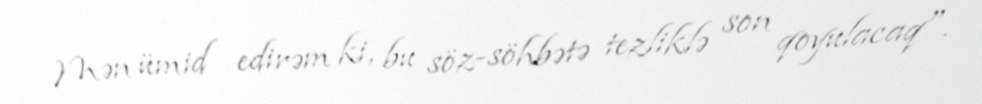
Mən ümid edirəm ki, bu söz-söhbətə tezliklə son qoyulacaq".